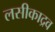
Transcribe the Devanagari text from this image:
लसीकाद्रव